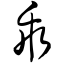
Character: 乖